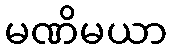
မဏိမယာ